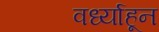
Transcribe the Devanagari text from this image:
वर्ध्याहून